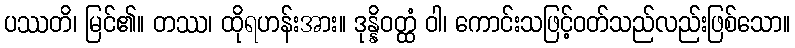
ပဿတိ၊ မြင်၏။ တဿ၊ ထိုရဟန်းအား။ ဒုန္နိဝတ္ထံ ဝါ၊ ကောင်းသဖြင့်ဝတ်သည်လည်းဖြစ်သော။